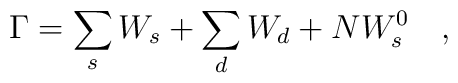
\Gamma=\sum_s W_s+\sum_d W_d+NW_s^0~~~,